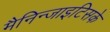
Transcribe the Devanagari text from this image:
मैनिन्जाइटिसके